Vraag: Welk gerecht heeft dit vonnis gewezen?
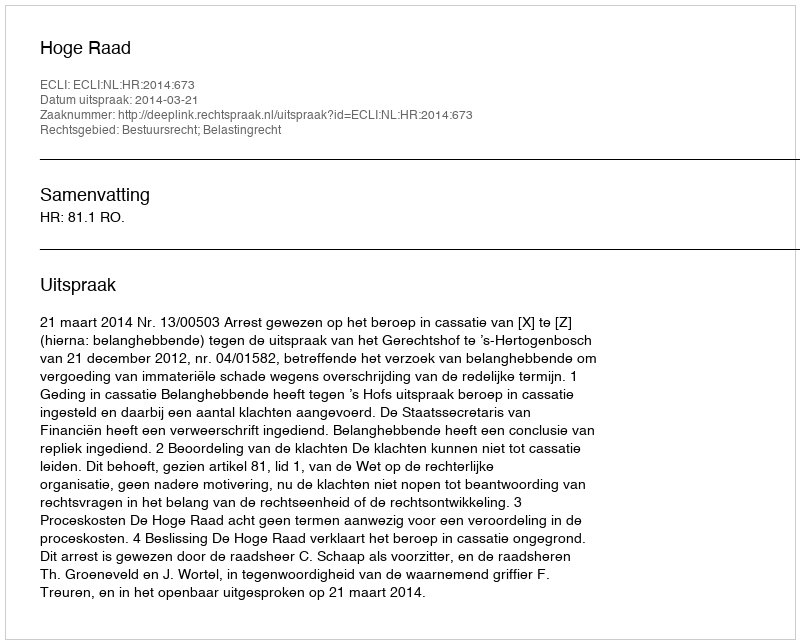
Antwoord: Hoge Raad